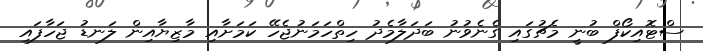
ސްޓޮއިކޯފް ބުނީ މެޗުގައި ގެނެވުނު ބަދަލާމެދު ހިތްހަމަނުޖެހޭ ކަމަށާއި މާޒިޔާއިން ލަނޑު ޖަހާފައި